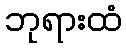
ဘုရားထံ